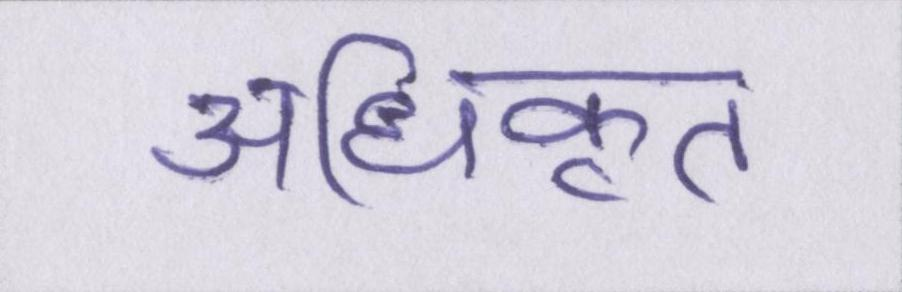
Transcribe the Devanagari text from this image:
अधिकृत